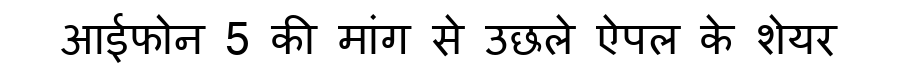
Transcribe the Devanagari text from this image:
आईफोन 5 की मांग से उछले ऐपल के शेयर